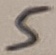
Text: 5